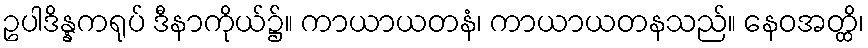
ဥပါဒိန္နကရုပ် ဒီနာကိုယ်၌။ ကာယာယတနံ၊ ကာယာယတနသည်။ နေဝအတ္ထိ၊